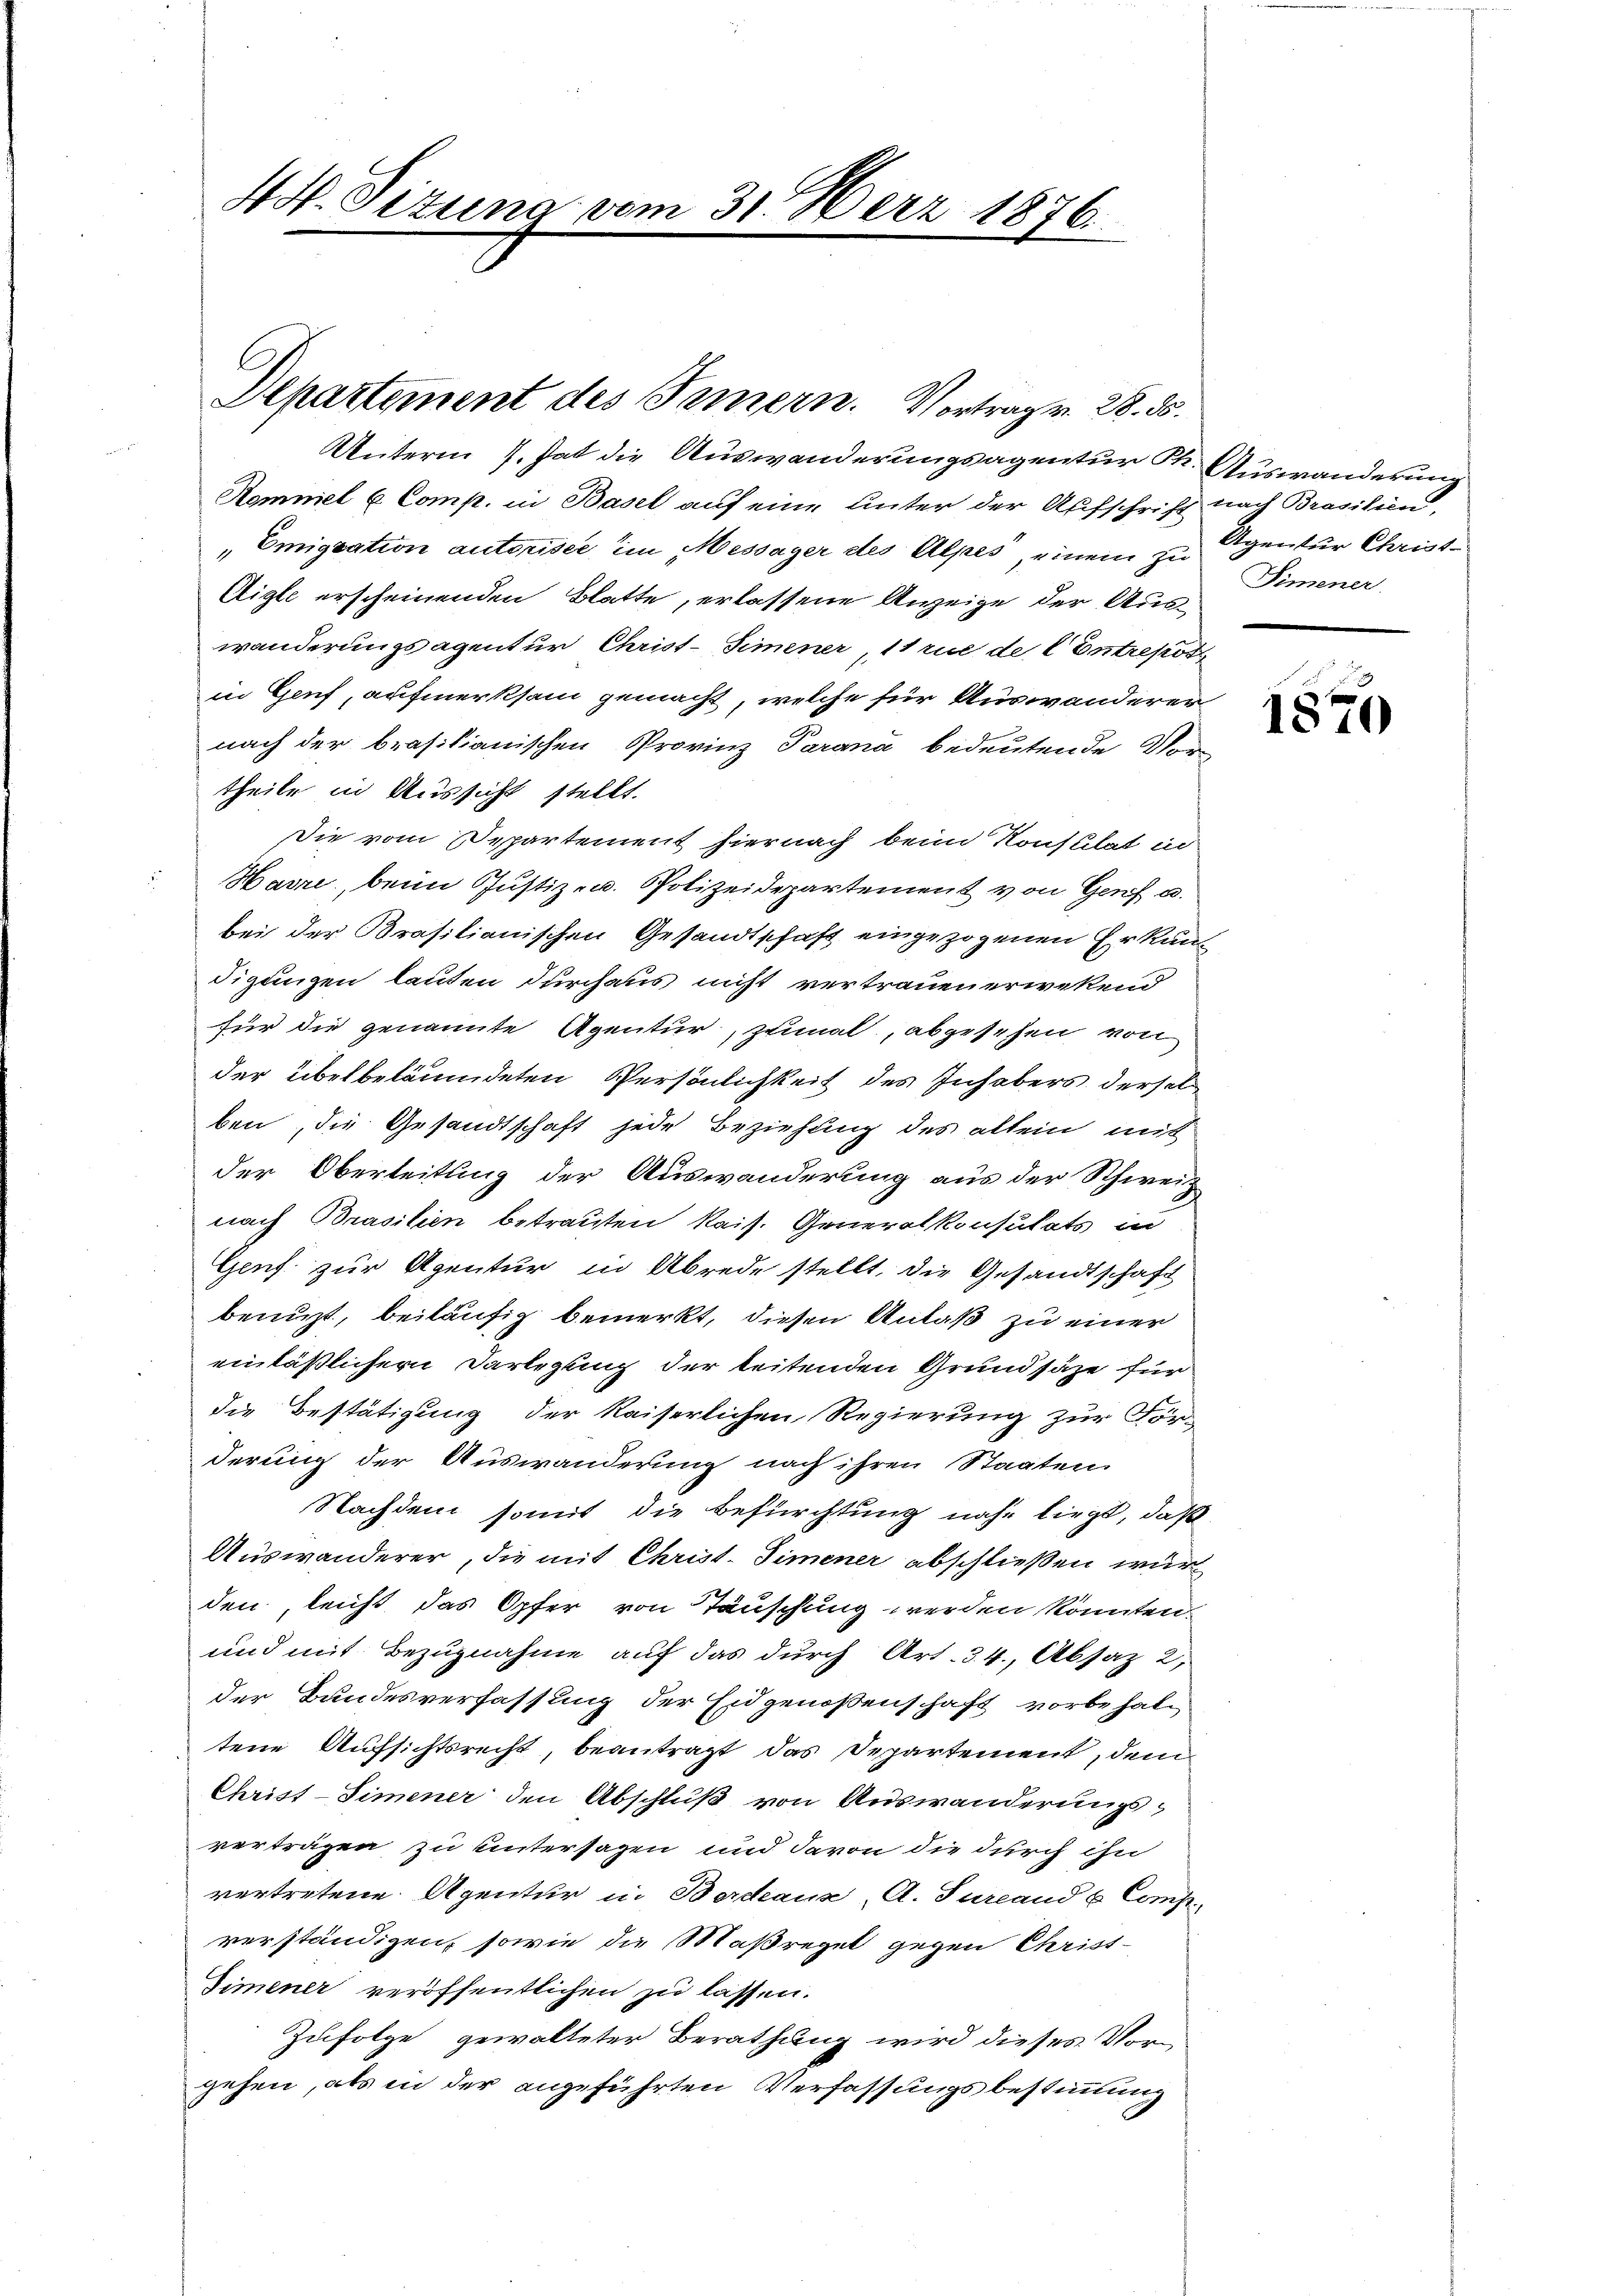
4 M. Pizuna vom 31. Merz 1876.
e

Unterm 7. hat die Auswanderungsagentur M. Auswanderung
Rommel u. Comp. in Basel auf eine unter der Aufschrift nach Brasilien,
" Emigration autorisée, im Messäger des Alpes, einem zu Agentur Christ¬
Aigle erscheinenden Blatte, erlassene Anzeige der Auswanderungsagentur Christ-Simener, 11 rue de l. Entreport
in Genf, aufmerksam gemacht, welche für Auswanderer
nach der brasilianischen Provinz Parana bedeutende Vortheile in Aussicht stellt.
Die vom Departement hiernach beim Konstilat in
Havre, beim Justiz- u. Polizeidepartement von Genf u.
bei der Brasilianischen Gesandtschaft eingezogenen Erkundigungen lauten durchaus nicht vertrauen erwekend
für die genannte Agentur, zumal, abgesehen von
der überbeläumdeten Persönlichkeit des Inhabers derselben, die Gesandtschaft jede Beziehung des alten mit
der Oberleitung der Auswanderung aus der Schweiz
nach Brasilien betrauten kais. Generalkonsulats in
Genf zur Agentur in Abrede stellt, die Gesandtschaft
benuzt, beiläufig bemerkt, diesen Anlaß zu einer
einläßlichern Darlegung der leitenden Grundsätze für
die Bestätigung der kaiserlichen Regierung zur Förderung der Auswanderung nach ihren Staaten.
Nachdem somit die Befürchtung nahe liegt, daß
Auswanderer, die mit Christ. Simener abschließen wur
den, leicht das Opfer von Täuschung werden könnten.
und mit Bezugnahme auf das durch Art. 34., Absaz 2,
der Bundesverfassung der Eidgenoßenschaft vorbehaltene Aufsichtsrecht, beantragt das Departement, dem
Christ-Simmener den Abschluß von Auswanderungsverträgen zu untersagen und davon die durch ihn
vertretene Agentur in Bordeaux, A. Surland & Comp.
verständigen, sowie die Maßregel gegen Christ-
Dimener veröffentlichen zu lassen.
Zufolge gewalteter Berathung wird dieses Vor-
gehen, als in der angeführten Verfassungsbestimmung

Departement des Innern. Vortrag v. 28. ds.

Simener.

1870